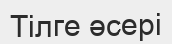
Тілге әсері